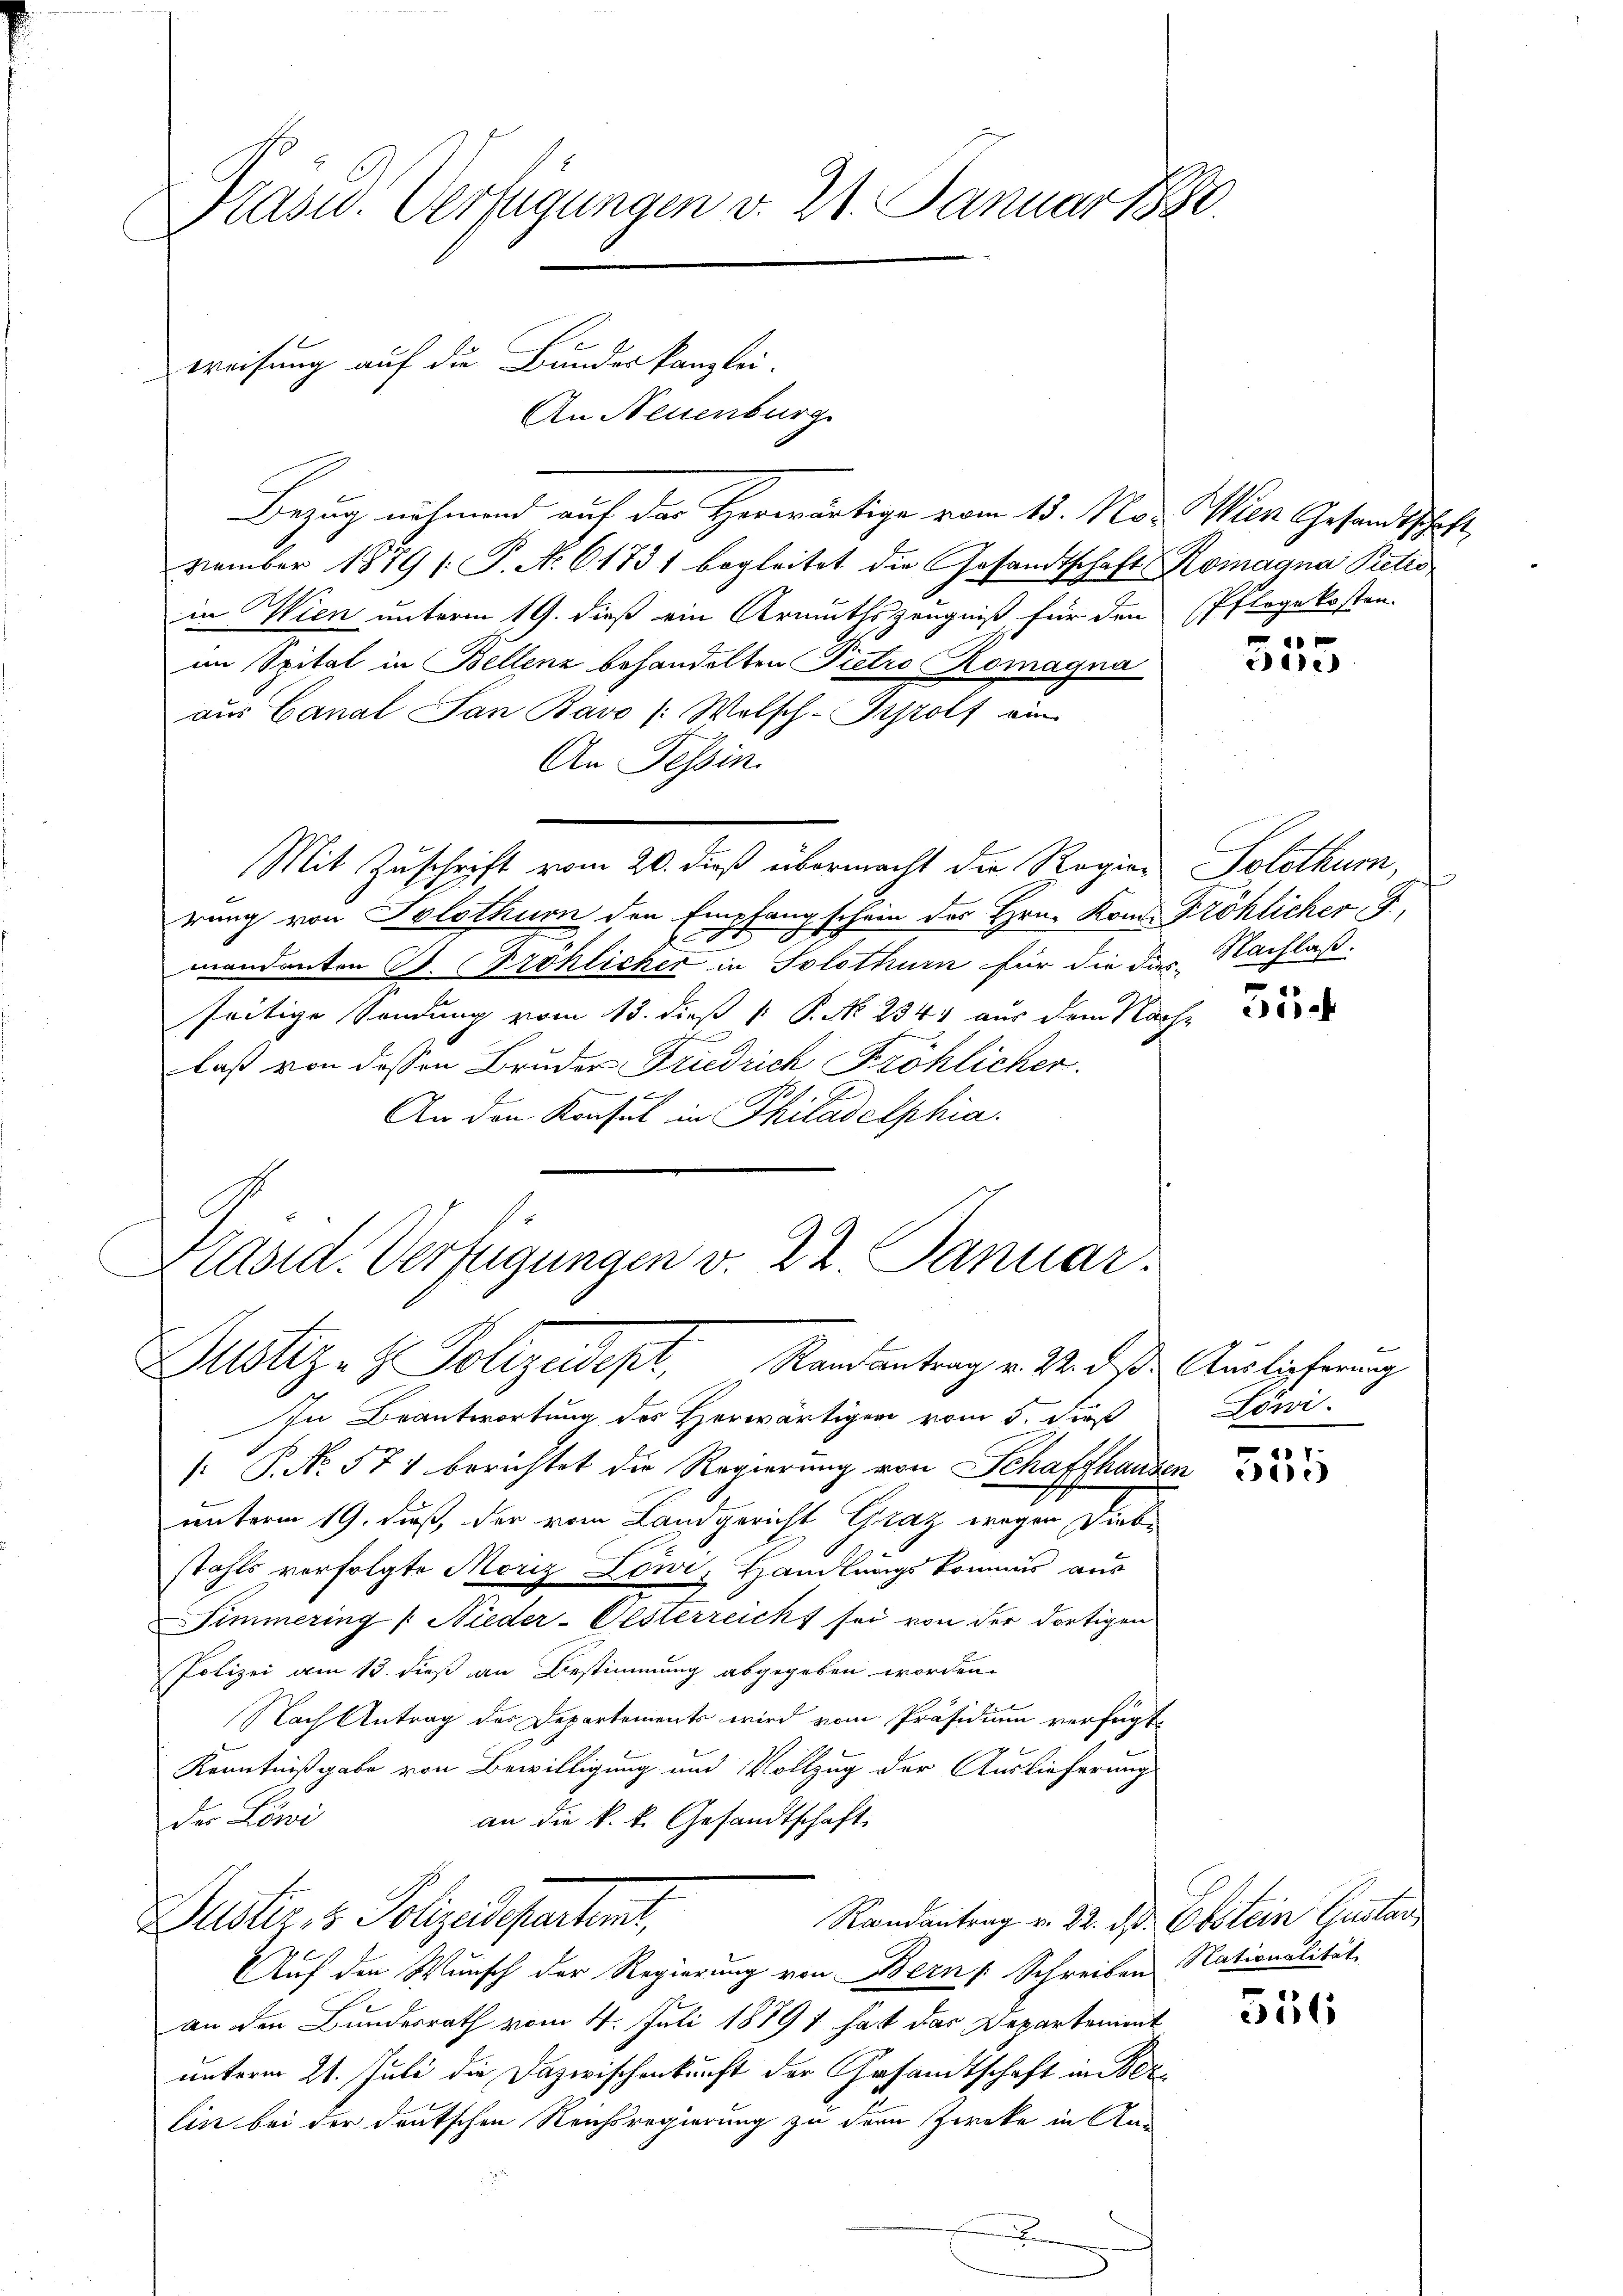
Präsid. Verfügungen v. 21. Januar 1890.

An Neuenburg
Bezug nehmend auf des Herwärtige vom 15. No-
vember 1879 [P. Nr. 61731 begleitet die Gesandtschaft Komagna Pietis
in Wien unterm 19. dieß ein Armuthszeugniß für den Pflegekosten
im Spital in Bellenz behandelten Pietro Romagna
aus Canal San Bávo (Welsch-Schrolf ein
An Tessin.
Mit Zuschrift vom 20. dieß übermacht der Regier
rung von Solothurn den Empfangschein des Hrn. Kom. Fröhlicher F.,
l.
mandanten St. Prohlicher in Solothurn für die das Nachlaß.
seitige Sendung vom 13. dieß  P. N. 234. aus dem Nach
laß von dessen Bruder Friedrich Fröhlicher.
B
An den Konsul in Philadelphia
Präsid. Verfügungen v. 22. Januar.
Justiz- & Polizeidept. Randantrag v. M. des Auslieferung
In Beantwortung des Herwärtigen vom 5. Froß
[: P. Nr. 571 berichtet die Regierung von Schaffhauser
unterm 19. Fuß, der vom Landgericht Graz wegen Diebe
stahls verfolgte Moriz Löwi, Handlungskommis aus
Simmering (Nieder-Oesterreicht sei von der dortigen
Polizei am 13. dieß an Bestimmung abgegeben worden.
Nach Antrag des Departements wird vom Präsidium verfügt
Kenntnißgabe von Bewilligung und Vollzug der Auslieferung
der Löwi
an die k. k. Gesandtschaft
Randantrag v. 22. ds. Obstein Gustav
Duster, 3 Polizeidepartent,
Auf den Wunsch der Regierung von Bern Schreiben Nationalität
an den Bundesrath vom 4. Juli 1889 hat das Departement
unterm 21. Juli die Dazwischenkunft der Gesandtschaft im Bez
Ein bei der deutschen Reichsregierung zu dem Zwecke in An-
x

weisung auf die Bundeskanzlei-

Wien Gesandtschaft

0 f 0 x
cede

Solothum,

e
1

Löwi
.

c

556